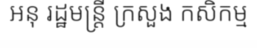
អនុ រដ្ឋមន្ត្រី ក្រសួង កសិកម្ម